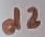
Text: d2